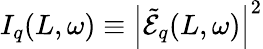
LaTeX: I_{q}(L,\omega)\equiv\left|\tilde{\mathcal{E}}_{q}(L,\omega)\right|^{2}